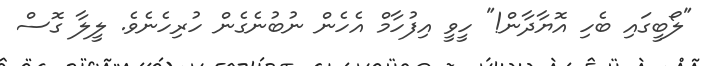
"ލޯބީގައި ބެހި އޮޔާދާން!" ހީވީ އިފުހާމް އެހެން ނުބުނެގެން ހުރިހެނެވެ. ލީލާ ގޮސް